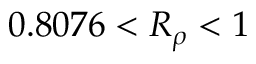
0 . 8 0 7 6 < R _ { \rho } < 1